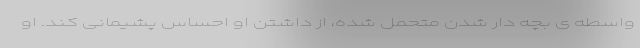
واسطه ی بچه دار شدن متحمل شده، از داشتن او احساس پشیمانی کند. او